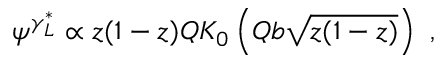
\psi ^ { \gamma _ { L } ^ { * } } \propto z ( 1 - z ) Q K _ { 0 } \left( Q b \sqrt { z ( 1 - z ) } \right) \ ,